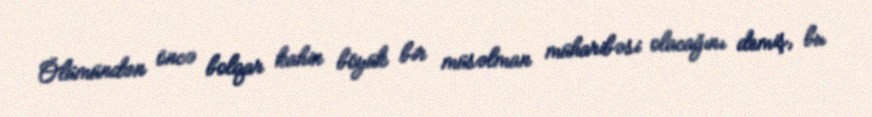
Ölümündən öncə bolqar kahin böyük bir müsəlman müharibəsi olacağını demiş, bu